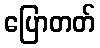
ပြောတတ်